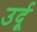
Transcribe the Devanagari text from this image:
उर्दूू